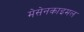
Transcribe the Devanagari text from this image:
मेसेनकाइमल